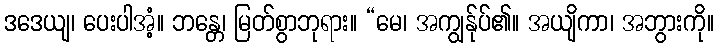
ဒဒေယျ၊ ပေးပါအံ့။ ဘန္တေ၊ မြတ်စွာဘုရား။ “မေ၊ အကျွန်ုပ်၏။ အယျိကာ၊ အဘွားကို။